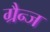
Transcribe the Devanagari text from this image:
ग्रैन्ज